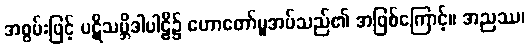
အစွမ်းဖြင့် ပဋိသမ္ဘိဒါပါဠိ၌ ဟောတော်မူအပ်သည်၏ အဖြစ်ကြောင့်။ အညဿ၊